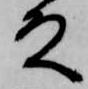
殿